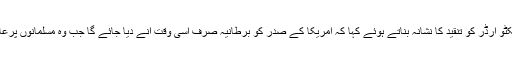
لندن کے میئر صادق خان نے ٹرمپ کے ایگزیکٹو آرڈر کو تنقید کا نشانہ بناتے ہوئے کہا کہ امریکا کے صدر کو برطانیہ صرف اسی وقت آنے دیا جائے گا جب وہ مسلمانوں پرعائد کردہ متنازع فیصلے کو واپس نہیں لے لیتے۔